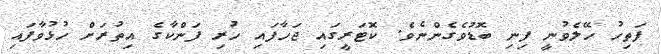
ފަތިހު ހޭލެވުނީ ފިނި ބޮޑުވެގެންނެވެ. ކޮޓަރީގައި ޖަހާފައި ހުރި ފަންކާގެ އިތުރަށް ހުޅުވާފައި